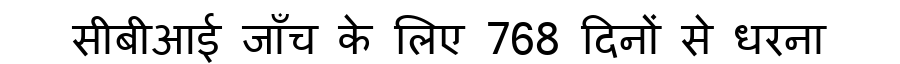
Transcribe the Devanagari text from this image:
सीबीआई जाँच के लिए 768 दिनों से धरना